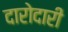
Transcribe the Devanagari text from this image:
दारोदारी